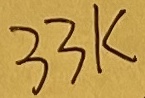
Text: 33K